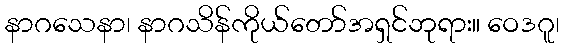
နာဂသေနာ၊ နာဂသိန်ကိုယ်တော်အရှင်ဘုရား။ ဝေဒဂူ၊